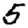
Digit: 5